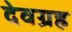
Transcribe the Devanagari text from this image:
देवग्रह